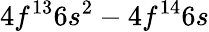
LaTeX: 4f^{13}6s^{2}-4f^{14}6s